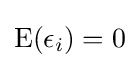
\operatorname {E} (\epsilon _{i})=0